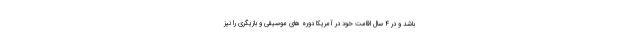
باشد و در ۴ سال اقامت خود در آمریکا دوره های موسیقی و بازیگری را نیز